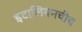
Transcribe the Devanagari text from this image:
इटालियनचीच